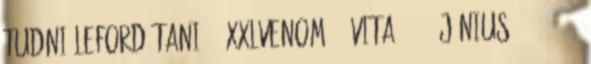
tudni lefordítani. – XXLVenom999 vita 2018. június 10., 00:16